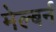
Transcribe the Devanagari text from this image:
मेल्बर्न